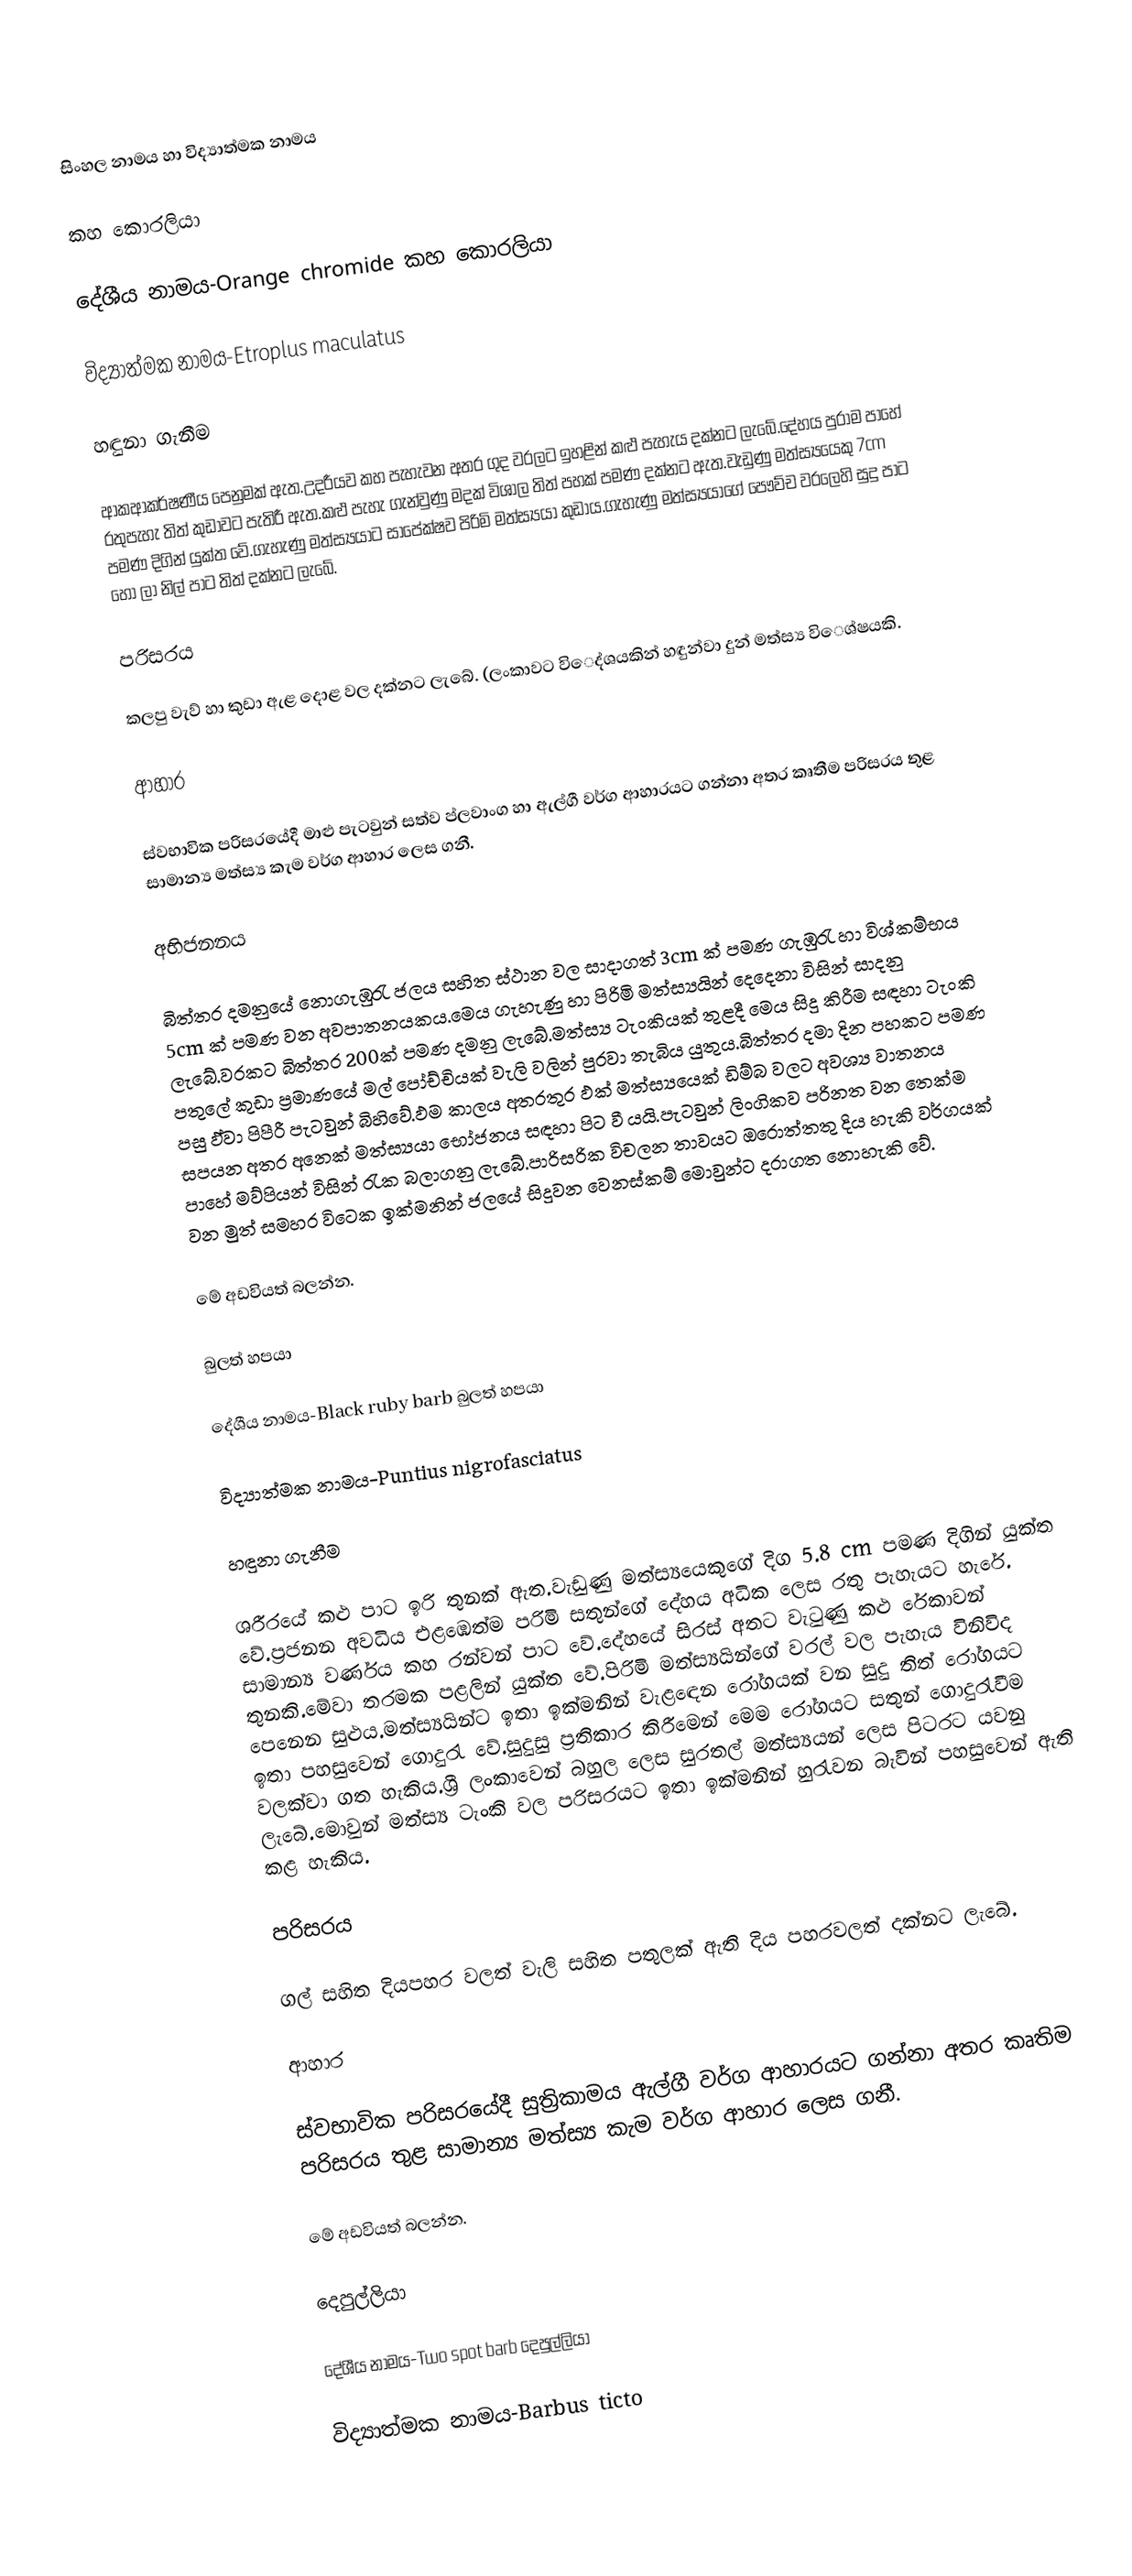

සිංහල නාමය හා විද්‍යාත්මක නාමය

කහ කොරලියා

දේශීය නාමය-Orange chromide කහ කොරලියා

විද්‍යාත්මක නාමය-Etroplus maculatus

හඳුනා ගැනීම

ආකආකර්ෂණීය පෙනුමක් ඇත.උදරීයව කහ පැහැවන අතර ගුද වරලට ඉහළින් කළු පැහැය දක්නට ලැබේ.දේහය පුරාම පාහේ රතුපැහැ තිත් කුඩාවට පැතිරී ඇත.කළු පැහැ ගැන්වුණු මදක් විශාල තිත් පහක් පමණ දක්නට ඇත.වැඩුණු මත්ස්‍යයෙකු 7cm පමණ දිගින් යුක්ත වේ.ගැහැණු මත්ස්‍යයාට සාපේක්ෂව පිරිමි මත්ස්‍යයා කුඩාය.ගැහැණු මත්ස්‍යයාගේ පෞව්ච වරලෙහි සුදු පාට හෝ ලා නිල් පාට තිත් දක්නට ලැබේ.

පරිසරය

කලපු වැව් හා කුඩා ඇළ දොළ වල දක්නට ලැබේ. (ලංකාවට විෙද්ශයකින් හඳුන්වා දුන් මත්ස්‍ය විෙශ්ෂයකි.

ආහාර

ස්වභාවික පරිසරයේදී මාළු පැටවුන් සත්ව ප්ලවාංග හා ඇල්ගී වර්ග ආහාරයට ගන්නා අතර කෘතීම පරිසරය තුළ සාමාන්‍ය මත්ස්‍ය කැම වර්ග ආහාර ලෙස ගනී.

අභිජනනය

බිත්තර දමනුයේ නොගැඹුරැ ජලය සහිත ස්ථාන වල සාදාගත් 3cm ක් පමණ ගැඹුරැ හා විශ්කම්භය 5cm ක් පමණ වන අවපාතනයකය.මෙය ගැහැණු හා පිරිමි මත්ස්‍යයින් දෙදෙනා විසින් සාදනු ලැබේ.වරකට බිත්තර 200ක් පමණ දමනු ලැබේ.මත්ස්‍ය ටැංකියක් තුළදී මෙය සිදු කිරීම සඳහා ටැංකි පතුලේ කුඩා ප්‍රමාණයේ මල් පෝච්චියක් වැලි වලින් පුරවා තැබිය යුතුය.බිත්තර දමා දින පහකට පමණ පසු ඵ්වා පිපීරී පැටවුන් බිහිවේ.ඵම කාලය අතරතුර ඵක් මත්ස්‍යයෙක් ඩිම්බ වලට අවශ්‍ය වාතනය සපයන අතර අනෙක් මත්ස්‍යයා භෝජනය සඳහා පිට වී යයි.පැටවුන් ලිංගිකව පරිනත වන තෙක්ම පාහේ මව්පියන් විසින් රැක බලාගනු ලැබේ.පාරිසරික විචලන තාවයට ඔරොත්තතු දිය හැකි වර්ගයක් වන මුත් සමහර විටෙක ඉක්මනින් ජලයේ සිදුවන වෙනස්කම් මොවුන්ට දරාගත නොහැකි වේ.

මේ අඩවියත් බලන්න.

බුලත් හපයා

දේශීය නාමය-Black ruby barb බුලත් හපයා

විද්‍යාත්මක නාමය-Puntius nigrofasciatus

හඳුනා ගැනීම

ශරීරයේ කළු පාට ඉරි තුනක් ඇත.වැඩුණු මත්ස්‍යයෙකුගේ දිග 5.8 cm පමණ දිගින් යුක්ත වේ.ප්‍රජනන අවධිය එළඹෙත්ම පරිමි සතුන්ගේ දේහය අධික ලෙස රතු පැහැයට හැරේ. සාමාන්‍ය වර්ණය කහ රන්වන් පාට වේ.දේහයේ සිරස් අතට වැටුණු කළු රේකාවන් තුනකි.මේවා තරමක පළලින් යුක්ත වේ.පිරිමි මත්ස්‍යයින්ගේ වරල් වල පැහැය විනිවිද පෙනෙන සුළුය.මත්ස්‍යයින්ට ඉතා ඉක්මනින් වැළඳෙන රෝගයක් වන සුදු තිත් රෝගයට ඉතා පහසුවෙන් ගොදුරැ වේ.සුදුසු ප්‍රතිකාර කිරීමෙන් මෙම රෝගයට සතුන් ගොදුරැවීම වලක්වා ගත හැකිය.ශ්‍රී ලංකාවෙන් බහුල ලෙස සුරතල් මත්ස්‍යයන් ලෙස පිටරට යවනු ලැබේ.මොවුන් මත්ස්‍ය ටැංකි වල පරිසරයට ඉතා ඉක්මනින් හුරැවන බැවින් පහසුවෙන් ඇති කළ හැකිය.

පරිසරය

ගල් සහිත දියපහර වලත් වැලි සහිත පතුලක් ඇති දිය පහරවලත් දක්නට ලැබේ.

ආහාර

ස්වභාවික පරිසරයේදී සුත්‍රිකාමය ඇල්ගී වර්ග ආහාරයට ගන්නා අතර කෘතිම පරිසරය තුළ සාමාන්‍ය මත්ස්‍ය කැම වර්ග ආහාර ලෙස ගනී.

මේ අඩවියත් බලන්න.

දෙපුල්ලියා

දේශීය නාමය-Two spot barb දෙපුල්ලියා

විද්‍යාත්මක නාමය-Barbus ticto